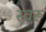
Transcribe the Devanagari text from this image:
स्वरू